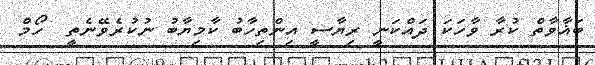
ބަޣާވާތް ކުރާ ވާހަކަ ދައްކަނީ ރިޔާސީ އިންތިހާބު ކާމިޔާބު ނުކުރެވޭނެތީ  ހޯމް